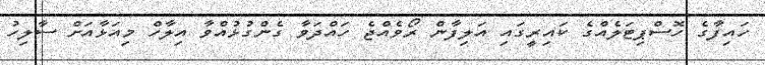
ހައިފާގެ ހޮސްޕިޓަލެއްގެ ކައިރީގައި އަލިފާން ރޯވެއްޖެ ހައްދަވާ ގެންގުޅުއްވާ އިލާހް މިއަޅާއަށް ސާލިހު